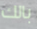
بالك